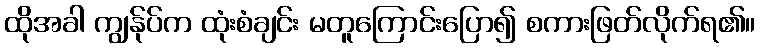
ထိုအခါ ကျွန်ုပ်က ထုံးစံချင်း မတူကြောင်းပြော၍ စကားဖြတ်လိုက်ရ၏။